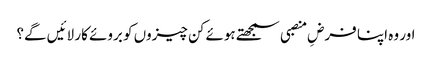
اور وہ اپنا فرضِ منصبی سمجھتے ہوئے کن چیزوں کو بروئے کار لائیں گے؟